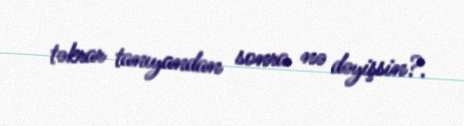
təkrar tanıyandan sonra nə dəyişsin?.